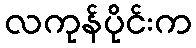
လကုန်ပိုင်းက